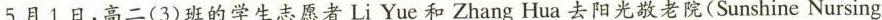
5月1日，高二(3)班的学生志愿者Li Yue和Zhang Hua去阳光敬老院(Sunshine Nursing